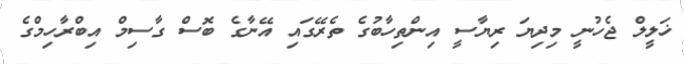
ޚަލީލް ޖެހުނީ މިދިޔަ ރިޔާސީ އިންތިހާބުގެ ތެރޭގައި އޭނާގެ ބޮސް ގާސިމް އިބްރާހިމްގެ